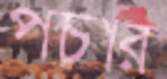
পচার